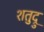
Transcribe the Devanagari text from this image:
शतुद्रु